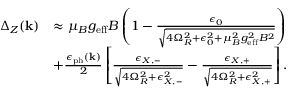
\begin{array} { r l } { \Delta _ { Z } ( \mathbf { k } ) } & { \approx \mu _ { B } g _ { \mathrm { e f f } } B \left( 1 - \frac { \epsilon _ { 0 } } { \sqrt { 4 \Omega _ { R } ^ { 2 } + \epsilon _ { 0 } ^ { 2 } + \mu _ { B } ^ { 2 } g _ { \mathrm { e f f } } ^ { 2 } B ^ { 2 } } } \right) } \\ & { + \frac { \epsilon _ { \mathrm { p h } } ( \mathbf { k } ) } { 2 } \left[ \frac { \epsilon _ { X , - } } { \sqrt { 4 \Omega _ { R } ^ { 2 } + \epsilon _ { X , - } ^ { 2 } } } - \frac { \epsilon _ { X , + } } { \sqrt { 4 \Omega _ { R } ^ { 2 } + \epsilon _ { X , + } ^ { 2 } } } \right] . } \end{array}